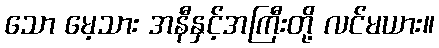
သော မေ့သား အနီနှင့်အကြီးတို့ လင်မယား။